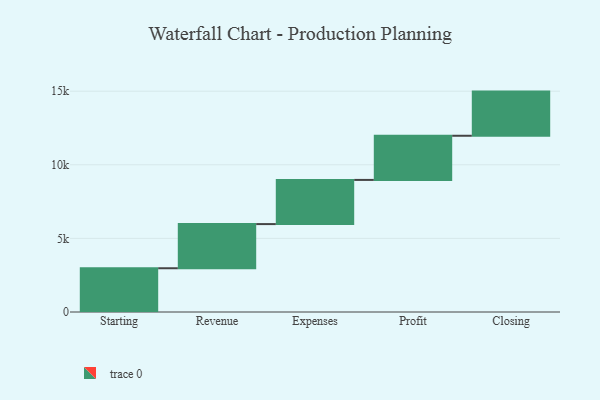
{"axis": {"x": "Step", "y": "Value"}, "legend": [""], "data": [{"x": "Starting", "y": 2972.0, "type": ""}, {"x": "Revenue", "y": 3000, "type": ""}, {"x": "Expenses", "y": 3000, "type": ""}, {"x": "Profit", "y": 3000, "type": ""}, {"x": "Closing", "y": 3000, "type": ""}]}